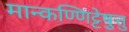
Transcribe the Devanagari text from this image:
मान्कण्णिट्टेषु़त्तु